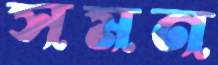
সমন